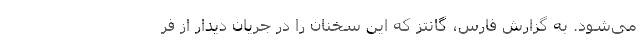
می‌شود. به گزارش فارس، گانتز که این سخنان را در جریان دیدار از فر